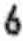
6